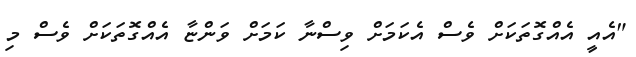
"އެއީ އެއްގޮތަކަށް ވެސް އެކަމަށް ވިސްނާ ކަމަށް ވަންޏާ އެއްގޮތަކަށް ވެސް މި